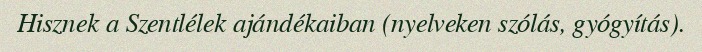
Hisznek a Szentlélek ajándékaiban (nyelveken szólás, gyógyítás).